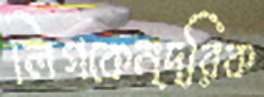
লিগকেন্দ্রিক